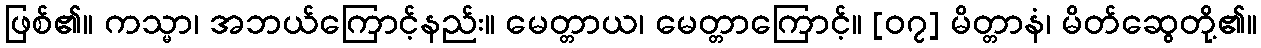
ဖြစ်၏။ ကသ္မာ၊ အဘယ်ကြောင့်နည်း။ မေတ္တာယ၊ မေတ္တာကြောင့်။ [၀၇] မိတ္တာနံ၊ မိတ်ဆွေတို့၏။